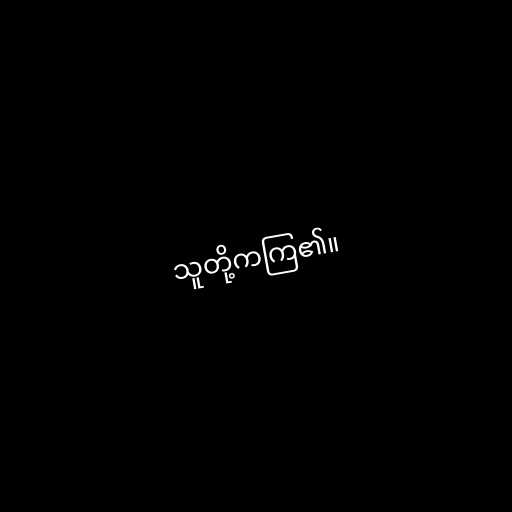
သူတို့ကကြ၏။